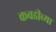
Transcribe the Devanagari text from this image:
कवडीच्या